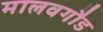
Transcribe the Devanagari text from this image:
मालवगौड